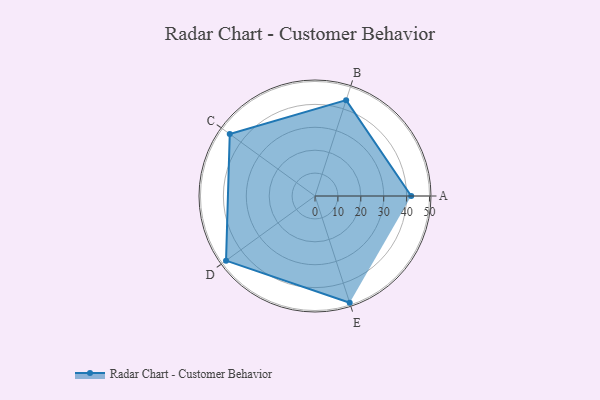
{"axis": {"x": "Skill", "y": "Score"}, "legend": ["Profile"], "data": [{"x": "A", "y": 42.0, "type": "Profile"}, {"x": "B", "y": 44.0, "type": "Profile"}, {"x": "C", "y": 46.0, "type": "Profile"}, {"x": "D", "y": 48.0, "type": "Profile"}, {"x": "E", "y": 49.0, "type": "Profile"}]}